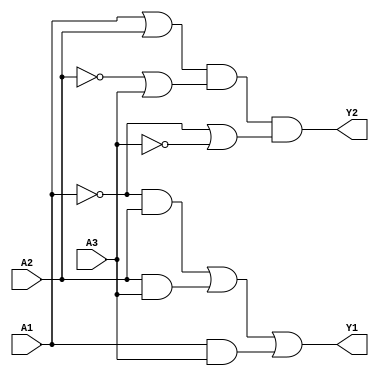
module combinational_logic (
    input wire A1,      // Input A1
    input wire A2,      // Input A2
    input wire A3,      // Input A3
    output wire Y1,     // Output Y1 (SOP form)
    output wire Y2      // Output Y2 (POS form)
);

// SOP Implementation for Y1
// Example: Y1 = A1'A2 + A2A3 + A1A3 (simplified form from K-map)
wire term1, term2, term3;

assign term1 = ~A1 & A2;  // A1' A2
assign term2 = A2 & A3;   // A2 A3
assign term3 = A1 & A3;   // A1 A3

assign Y1 = term1 | term2 | term3; // Y1 = A1'A2 + A2A3 + A1A3

// POS Implementation for Y2
// Example: Y2 = (A1 + A2)(A2' + A3)(A1' + A3') (simplified form from K-map)
wire term4, term5, term6;

assign term4 = A1 | A2;       // A1 + A2
assign term5 = ~A2 | A3;      // A2' + A3
assign term6 = ~A1 | ~A3;     // A1' + A3'

assign Y2 = term4 & term5 & term6; // Y2 = (A1 + A2)(A2' + A3)(A1' + A3')

endmodule